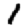
Digit: 1